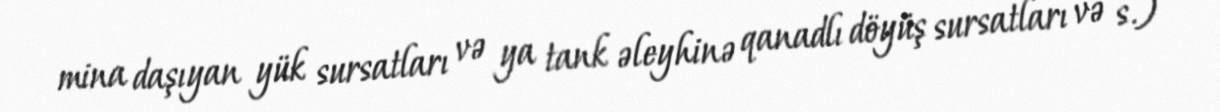
mina daşıyan yük sursatları və ya tank əleyhinə qanadlı döyüş sursatları və s.)